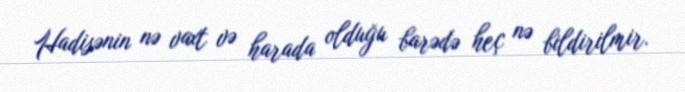
Hadisənin nə vaxt və harada olduğu barədə heç nə bildirilmir.